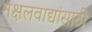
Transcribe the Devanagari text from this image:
नक्षलवाद्यांसाठी